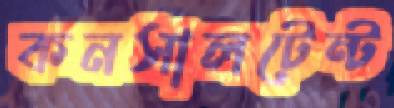
কনসালটেন্ট